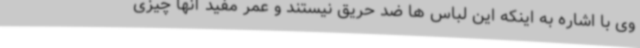
وی با اشاره به اینکه این لباس ها ضد حریق نیستند و عمر مفید آنها چیزی